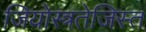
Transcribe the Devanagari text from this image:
जियोस्त्रतेजिस्त